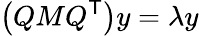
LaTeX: \left(QMQ^{\textsf{T}}\right)y=\lambda y